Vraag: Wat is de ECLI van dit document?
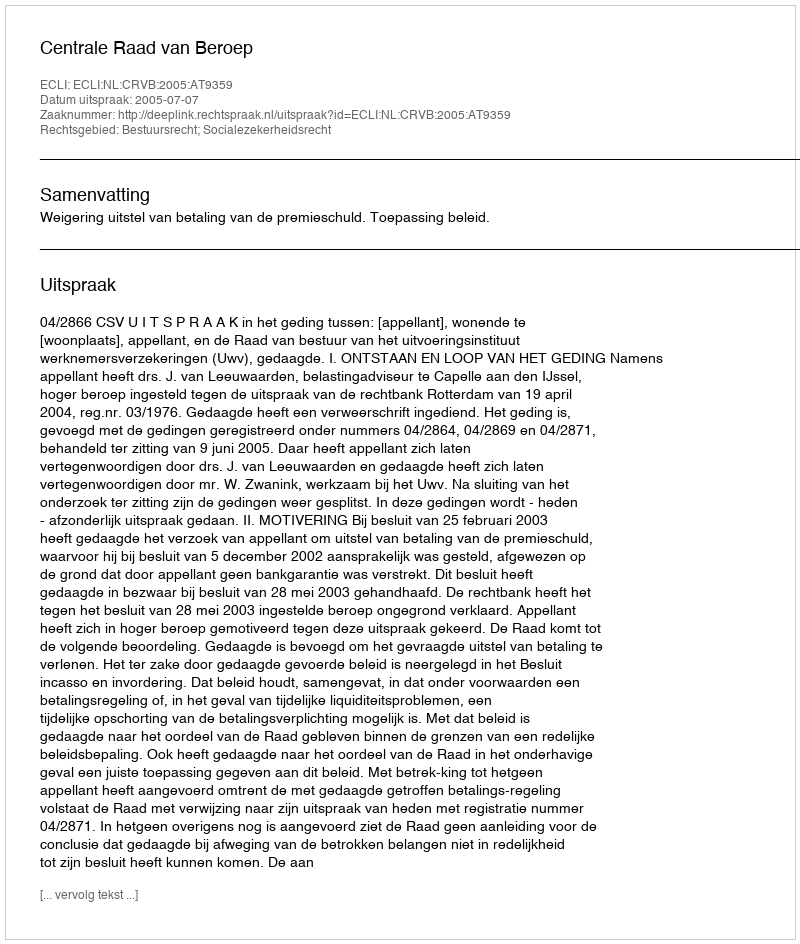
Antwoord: ECLI:NL:CRVB:2005:AT9359